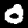
Digit: 0